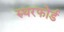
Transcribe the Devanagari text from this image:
रुथरफोर्ड